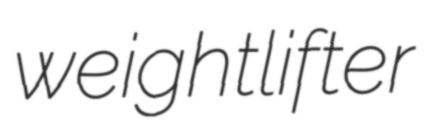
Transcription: weightlifter